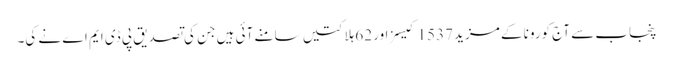
پنجاب سے آج کورونا کے مزید 1537 کیسز اور 62 ہلاکتیں سامنے آئی ہیں جن کی تصدیق پی ڈی ایم اے نے کی۔